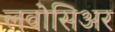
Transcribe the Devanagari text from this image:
लवोसिअर